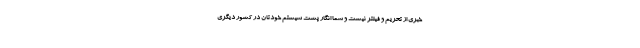
خبری از تحریم و فیلتر نیست و شما انگار پشت سیستم خودتان در کشور دیگری